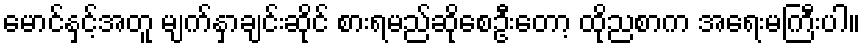
မောင်နှင့်အတူ မျက်နှာချင်းဆိုင် စားရမည်ဆိုစေဦးတော့ ထိုညစာက အရေးမကြီးပါ။